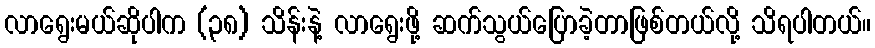
လာရွေးမယ်ဆိုပါက (၃၈) သိန်းနဲ့ လာရွေးဖို့ ဆက်သွယ်ပြောခဲ့တာဖြစ်တယ်လို့ သိရပါတယ်။